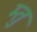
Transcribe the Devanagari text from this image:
म्तु